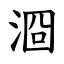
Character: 㴄